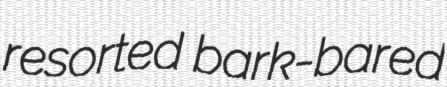
resorted bark-bared